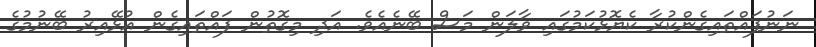
ނަނުފައްތައިގެންކުރާ ކެޔޮޅުކަމުގައި ވާލަން މަސް ބޭނެއެވެ. އަދި މިގޮތުން ފައްތައިގެން އުޅޭއިރު ބޭނުމުގެ